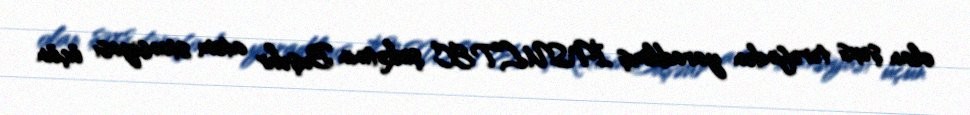
olan şəxs tərəfindən yaradılmış İNSULTEC şirkətinin Buşəhr atom stansiyası üçün